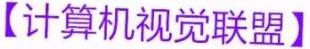
【计算机视觉联盟】